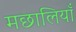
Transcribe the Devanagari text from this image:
मछालियाँ